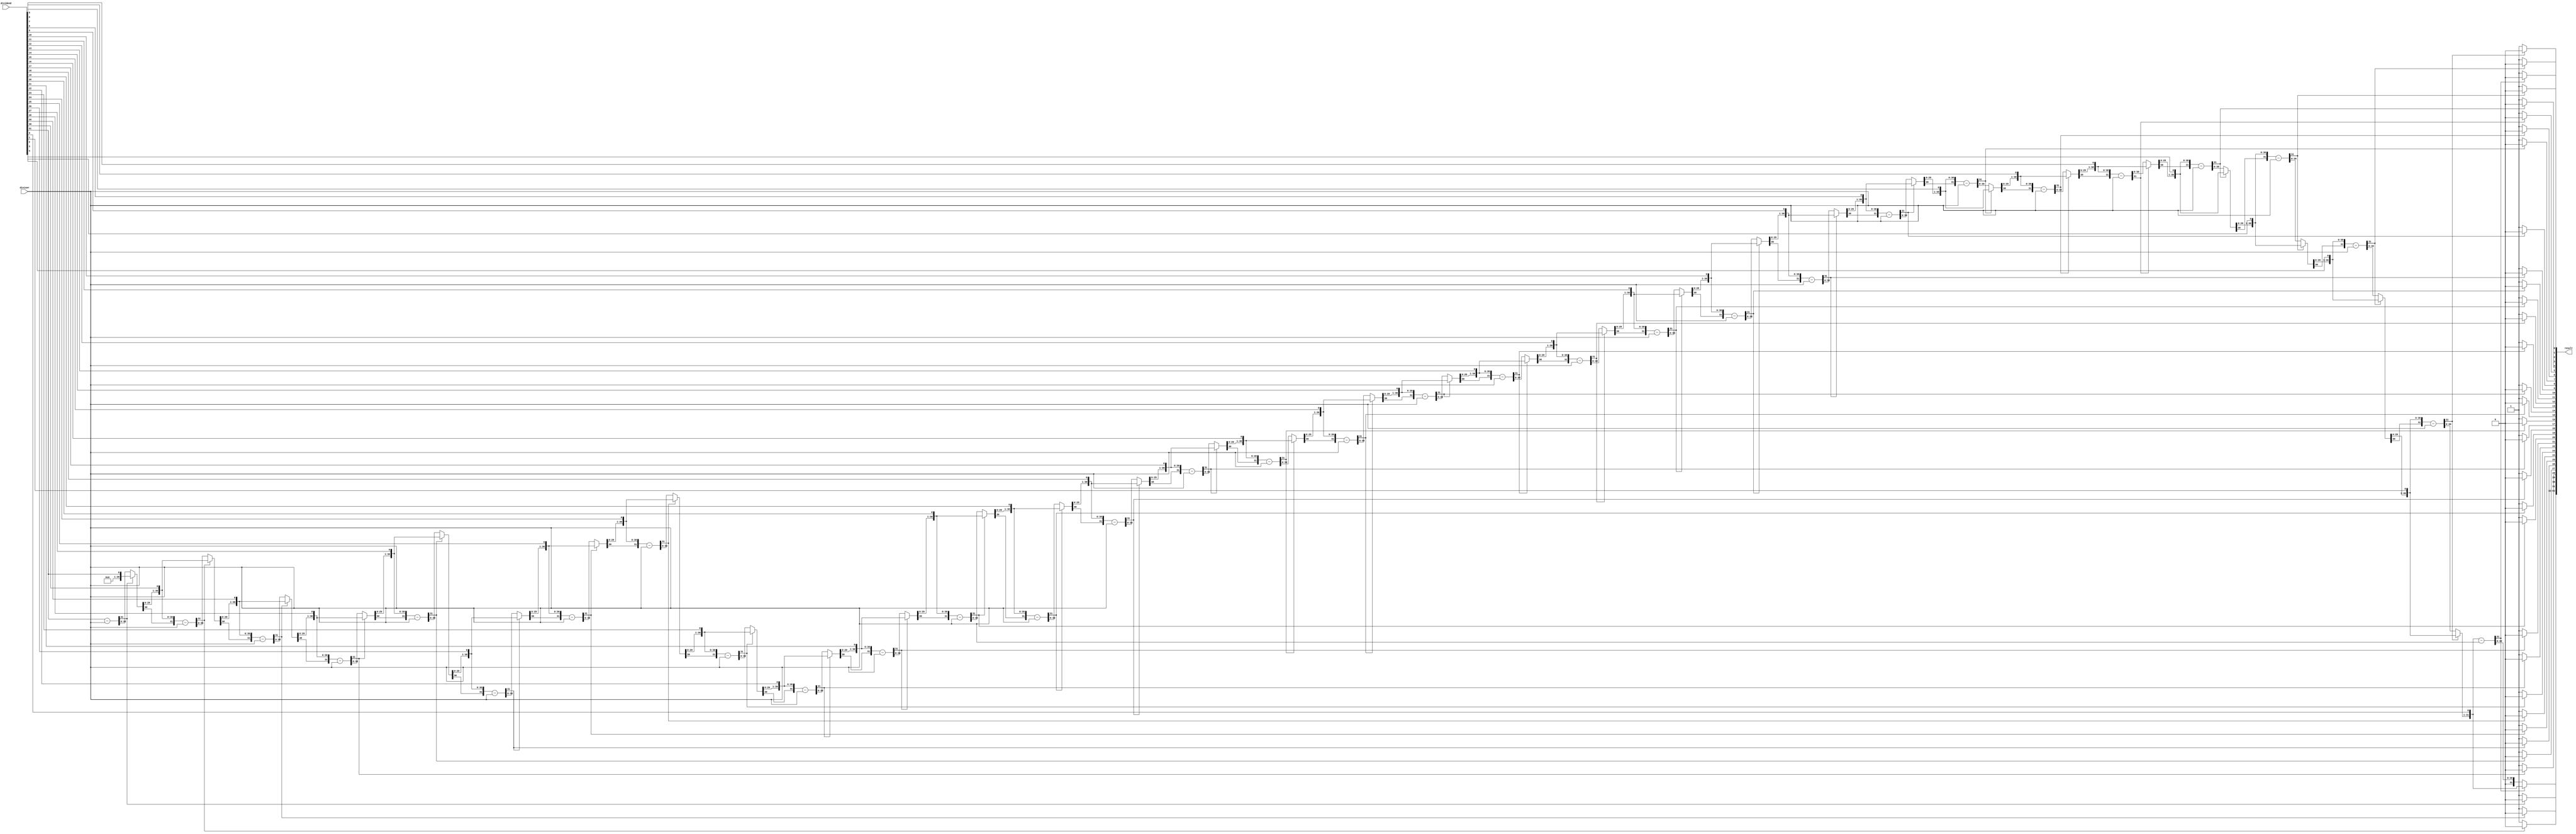
module div_32_bit(
    output reg[63:0] result,
    input wire[31:0] dividend,
    input wire[31:0] divisor
);

integer i;
reg [31:0] Q;
reg [31:0] M;
reg [31:0] A;
reg [31:0] subOutput;

always@(dividend or divisor)
begin
    A = 32'd0;
    Q = dividend;
    M = divisor;

    for(i=0; i<32; i= i + 1)begin
        A={A[30:0], Q[31]}; //Shift left
        subOutput = A - M; //Subtract

        if(subOutput[31] == 1)begin
            Q = {Q[30:0], 1'b0}; //Set q0 && restore
        end
        else begin
            Q = {Q[30:0], 1'b1};//Set q0
            A = subOutput; //Don't restore
        end
    end

    result = {A, Q};
end
endmodule